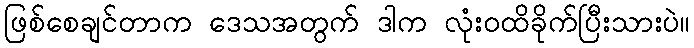
ဖြစ်စေချင်တာက ဒေသအတွက် ဒါက လုံးဝထိခိုက်ပြီးသားပဲ။